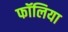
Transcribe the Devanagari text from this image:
फॉलिया